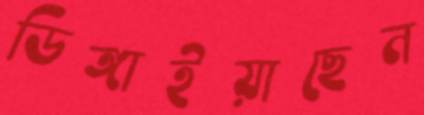
ডিঙ্গাইয়াছেন